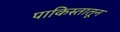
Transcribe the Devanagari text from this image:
पाकिस्तातून